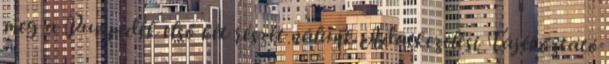
meg a Pumpedék első két részét nálunk Adatkezelési Tájékoztató